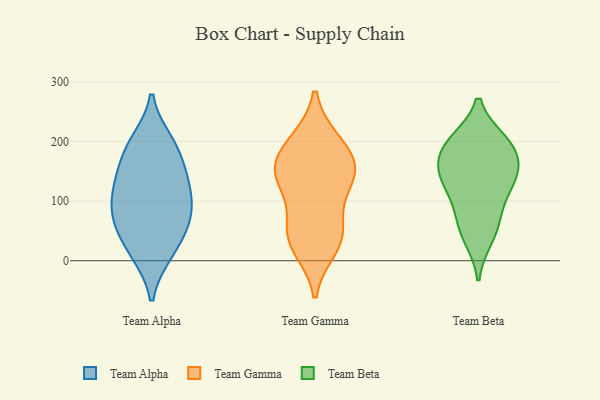
{"axis": {"x": "Bounce Rate (%)", "y": "Value"}, "legend": ["Team Alpha", "Team Beta", "Team Gamma"], "data": [{"x": "", "y": 13, "type": "Team Alpha"}, {"x": "", "y": 193, "type": "Team Alpha"}, {"x": "", "y": 83, "type": "Team Alpha"}, {"x": "", "y": 133, "type": "Team Alpha"}, {"x": "", "y": 60, "type": "Team Alpha"}, {"x": "", "y": 134, "type": "Team Alpha"}, {"x": "", "y": 99, "type": "Team Alpha"}, {"x": "", "y": 199, "type": "Team Alpha"}, {"x": "", "y": 132, "type": "Team Alpha"}, {"x": "", "y": 54, "type": "Team Alpha"}, {"x": "", "y": 13, "type": "Team Alpha"}, {"x": "", "y": 78, "type": "Team Alpha"}, {"x": "", "y": 179, "type": "Team Alpha"}, {"x": "", "y": 58, "type": "Team Gamma"}, {"x": "", "y": 150, "type": "Team Gamma"}, {"x": "", "y": 23, "type": "Team Gamma"}, {"x": "", "y": 199, "type": "Team Gamma"}, {"x": "", "y": 135, "type": "Team Gamma"}, {"x": "", "y": 129, "type": "Team Gamma"}, {"x": "", "y": 151, "type": "Team Gamma"}, {"x": "", "y": 36, "type": "Team Gamma"}, {"x": "", "y": 48, "type": "Team Gamma"}, {"x": "", "y": 163, "type": "Team Gamma"}, {"x": "", "y": 197, "type": "Team Gamma"}, {"x": "", "y": 199, "type": "Team Beta"}, {"x": "", "y": 40, "type": "Team Beta"}, {"x": "", "y": 135, "type": "Team Beta"}, {"x": "", "y": 130, "type": "Team Beta"}, {"x": "", "y": 135, "type": "Team Beta"}, {"x": "", "y": 59, "type": "Team Beta"}, {"x": "", "y": 152, "type": "Team Beta"}, {"x": "", "y": 83, "type": "Team Beta"}, {"x": "", "y": 196, "type": "Team Beta"}, {"x": "", "y": 177, "type": "Team Beta"}, {"x": "", "y": 193, "type": "Team Beta"}]}